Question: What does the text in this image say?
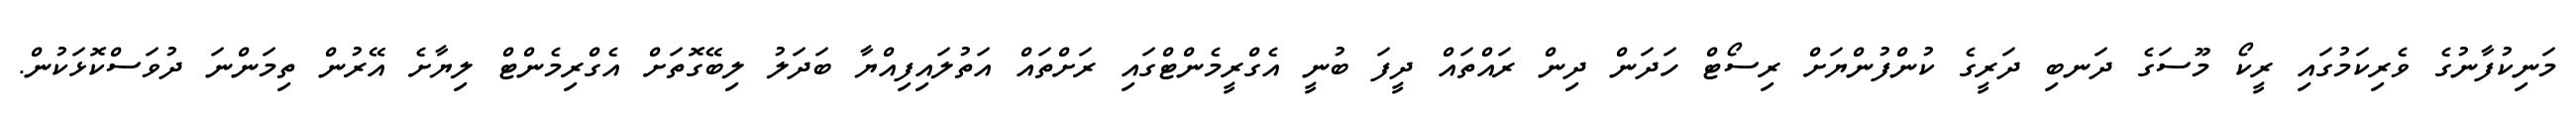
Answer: މަނިކުފާނުގެ ވެރިކަމުގައި ރީކޯ މޫސަގެ ދަނބި ދަރީގެ ކުންފުންޔަށް ރިސޯޓް ހަދަން ދިން ރައްތައް ދީފަ ބުނީ އެގްރީމެންޓްގައި ރަށްތައް އަތުލައިފިއްޔާ ބަދަލު ލިބޭގޮތަށް އެގްރިމެންޓް ލިޔާށެ އޭރުން ތިމަންނަ ދުވަސްކޮޅަކުން.